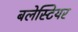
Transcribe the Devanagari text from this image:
बलेस्टियर